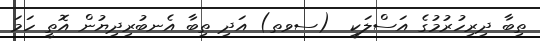
ތިބާ ދިރިހުރުމުގެ އަސްލަކީ  (ސވތ) އަދި ތިބާ އެނބުރިދިޔުން އޮތީ ހަމަ